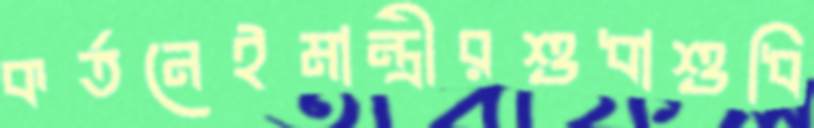
কর্তনেইমান্ত্রীরশুধাশুধি